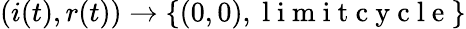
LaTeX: (i(t),r(t))\to\{ (0,0),\mathrm{~l~i~m~i~t~c~y~c~l~e~}\}